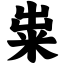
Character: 粜